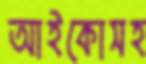
আইকোসহ